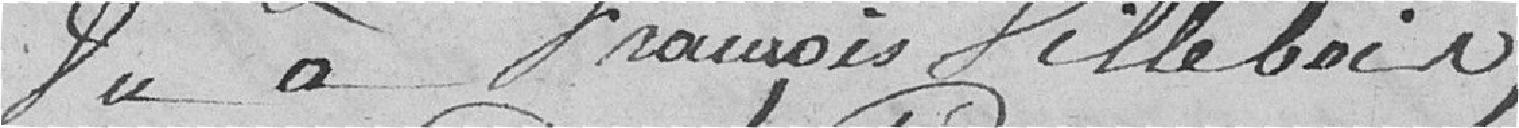
Du à François Villebain